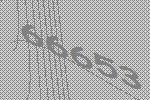
66653